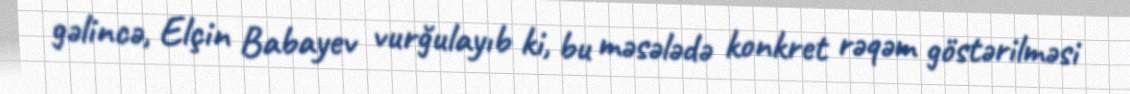
gəlincə, Elçin Babayev vurğulayıb ki, bu məsələdə konkret rəqəm göstərilməsi